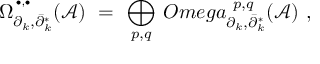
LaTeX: \Omega _ { \partial _ { k } , \bar { \partial } _ { k } ^ { * } } ^ { \, ^ { \bullet , \bullet } } ( { \mathcal A } ) \ = \ \displaystyle \bigoplus _ { p , q } \, O m e g a _ { \partial _ { k } , \bar { \partial } _ { k } ^ { * } } ^ { \ p , q } ( { \mathcal A } ) \ ,